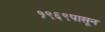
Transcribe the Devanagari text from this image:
१९६९पासून